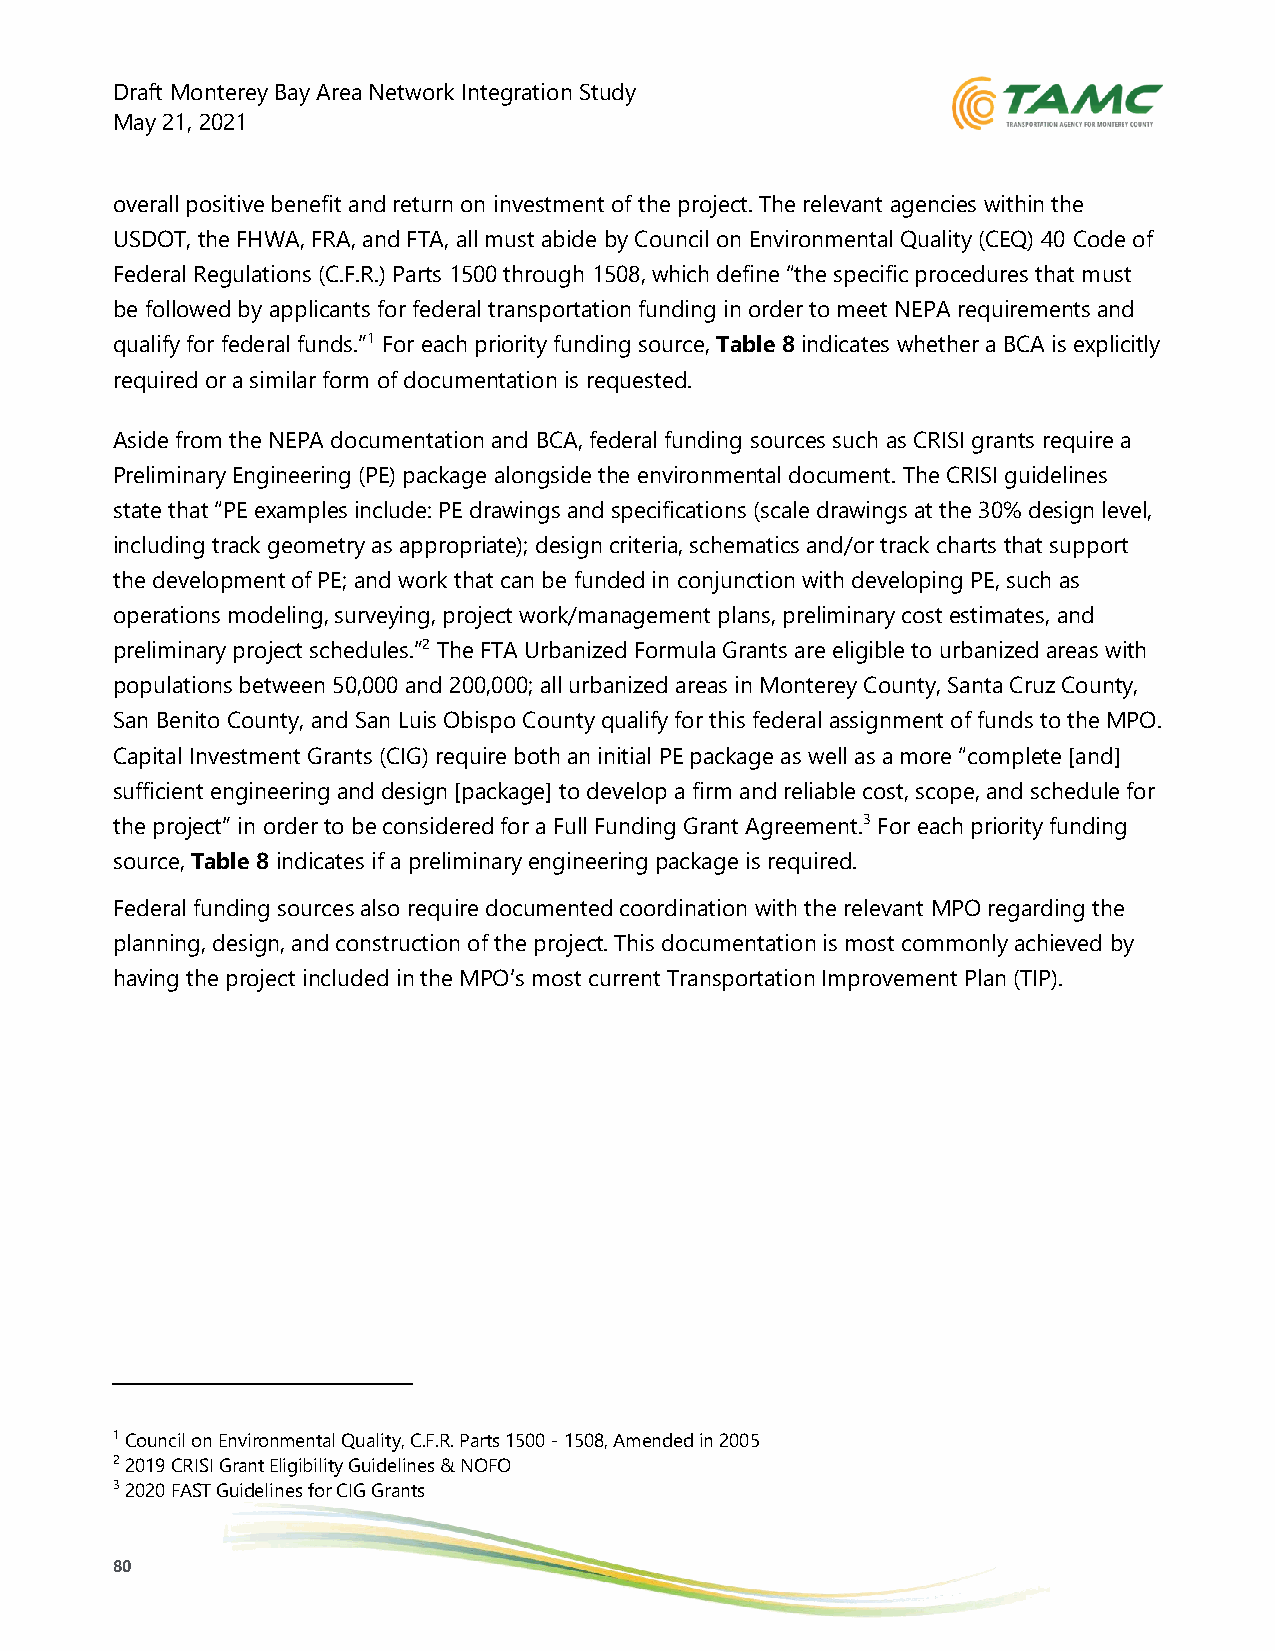
Draft Monterey Bay Area Network Integration Study
 May 21, 2021
 overall positive benefit and return on investment of the project. The relevant agencies within the
 USDOT, the FHWA, FRA, and FTA, all must abide by Council on Environmental Quality (CEQ) 40 Code of
 Federal Regulations (C.F.R.) Parts 1500 through 1508, which define “the specific procedures that must
 be followed by applicants for federal transportation funding in order to meet NEPA requirements and
 qualify for federal funds.”1 For each priority funding source, Table 8 indicates whether a BCA is explicitly
 required or a similar form of documentation is requested.
 Aside from the NEPA documentation and BCA, federal funding sources such as CRISI grants require a
 Preliminary Engineering (PE) package alongside the environmental document. The CRISI guidelines
 state that “PE examples include: PE drawings and specifications (scale drawings at the 30% design level,
 including track geometry as appropriate); design criteria, schematics and/or track charts that support
 the development of PE; and work that can be funded in conjunction with developing PE, such as
 operations modeling, surveying, project work/management plans, preliminary cost estimates, and
 preliminary project schedules.”2 The FTA Urbanized Formula Grants are eligible to urbanized areas with
 populations between 50,000 and 200,000; all urbanized areas in Monterey County, Santa Cruz County,
 San Benito County, and San Luis Obispo County qualify for this federal assignment of funds to the MPO.
 Capital Investment Grants (CIG) require both an initial PE package as well as a more “complete [and]
 sufficient engineering and design [package] to develop a firm and reliable cost, scope, and schedule for
 the project” in order to be considered for a Full Funding Grant Agreement.3 For each priority funding
 source, Table 8 indicates if a preliminary engineering package is required.
 Federal funding sources also require documented coordination with the relevant MPO regarding the
 planning, design, and construction of the project. This documentation is most commonly achieved by
 having the project included in the MPO’s most current Transportation Improvement Plan (TIP).
 1 Council on Environmental Quality, C.F.R. Parts 1500 - 1508, Amended in 2005
 2 2019 CRISI Grant Eligibility Guidelines & NOFO
 3 2020 FAST Guidelines for CIG Grants
 80